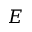
E